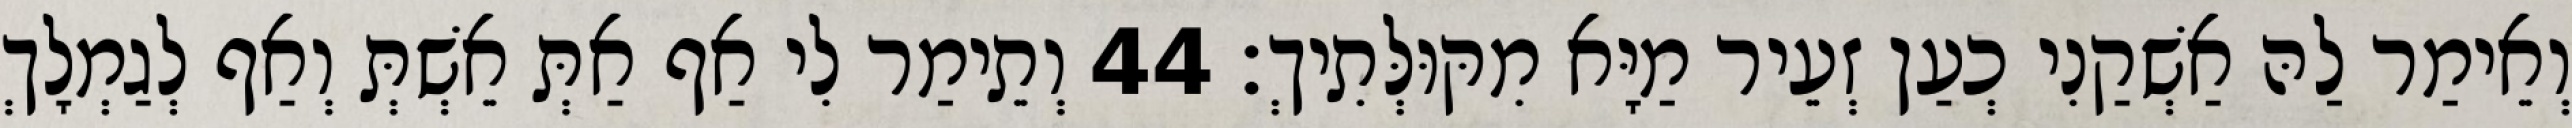
וְאֵימַר לַהּ אַשְׁקַנִי כְעַן זְעֵיר מַיָּא מִקּוּלְּתִיךְ׃ 44 וְתֵימַר לִי אַף אַתְּ אֵשְׁתְּ וְאַף לְגַמְלָךְ